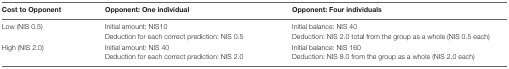
<table><thead><tr><td><b>Cost to Opponent</b></td><td><b>Opponent: One individual</b></td><td><b>Opponent: Four individuals</b></td></tr></thead><tbody><tr><td>Low (NIS 0.5)</td><td>Initial amount: NIS10Deduction for each correct prediction: NIS 0.5</td><td>Initial balance: NIS 40Deduction: NIS 2.0 total from the group as a whole (NIS 0.5 each)</td></tr><tr><td>High (NIS 2.0)</td><td>Initial amount: NIS 40Deduction for each correct prediction: NIS 2.0</td><td>Initial balance: NIS 160Deduction: NIS 8.0 from the group as a whole (NIS 2.0 each)</td></tr></tbody></table>